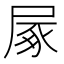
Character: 㞘